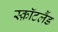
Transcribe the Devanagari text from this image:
स्क़ॉटलैंड